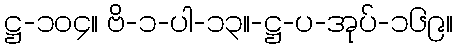
ဋ္ဌ-၁၀၄။ ဗိ-၁-ပါ-၁၃။-ဋ္ဌ-ပ-အုပ်-၁၆၉။